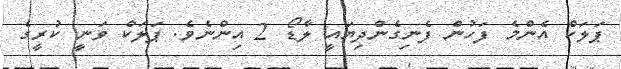
ޕަލަކް އެންމެ ފަހުން ފެނިގެންދިޔައީ ލާޑޯ 2 އިންނެވެ. ޕަލަކް ވަނީ ކުރީގެ